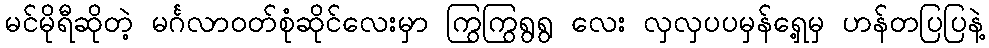
မင်မိုရီဆိုတဲ့ မင်္ဂလာဝတ်စုံဆိုင်လေးမှာ ကြွကြွရွရွ လေး လှလှပပမှန်ရှေ့မှ ဟန်တပြပြနဲ့